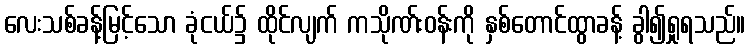
လေးသစ်ခန့်မြင့်သော ခုံငယ်၌ ထိုင်လျက် ကသိုဏ်းဝန်းကို နှစ်တောင်ထွာခန့် ခွါ၍ရှုရသည်။